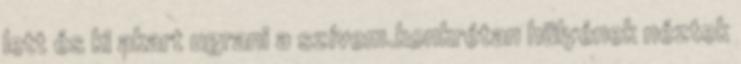
lett és ki akart ugrani a szívem.konkrétan hülyének néztek